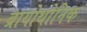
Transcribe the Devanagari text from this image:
ब्रायोथोनिक